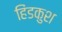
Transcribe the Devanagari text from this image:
हिंडकुश